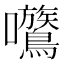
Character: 𡆈